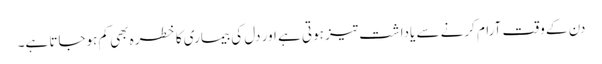
دن کے وقت آرام کرنے سے یاداشت تیز ہوتی ہے اور دل کی بیماری کا خطرہ بھی کم ہوجاتا ہے۔